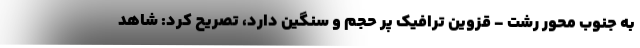
به جنوب محور رشت - قزوین ترافیک پر حجم و سنگین دارد، تصریح کرد: شاهد